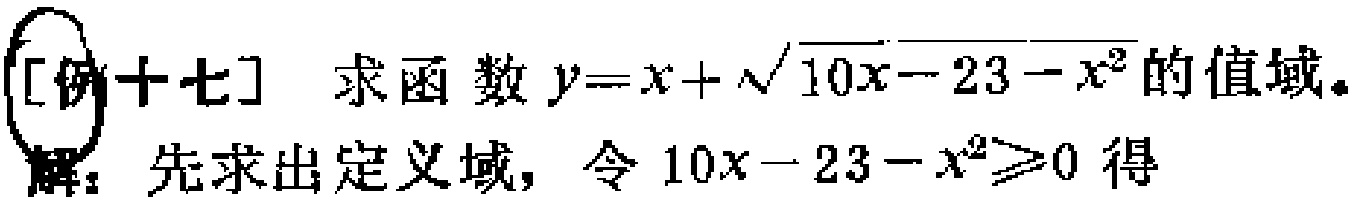
[例十七] 求函数 \(y = x+\sqrt{10x - 23 - x^{2}}\) 的值域。
解：先求出定义域，令 \(10x - 23 - x^{2}\geq0\) 得